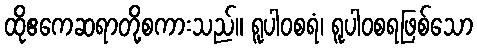
ထိုဧကေဆရာတို့စကားသည်။ ရူပါဝစရံ၊ ရူပါဝစရဖြစ်သော